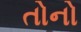
તોનો